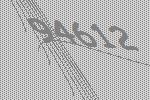
94612